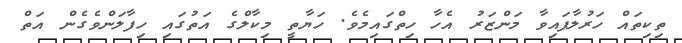
ތިކިތައް ހަރުލާފައިވާ މަންޒަރު އެހާ ހިތްގައިމެވެ. ހަޔާތީ މިކާލްގެ އަތުގައި ހިފާލަންވެގެން އަތް